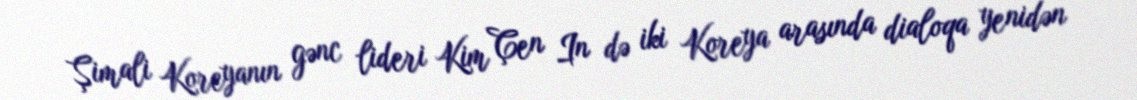
Şimali Koreyanın gənc lideri Kim Çen In də iki Koreya arasında dialoqa yenidən